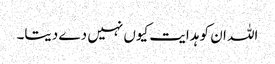
اللہ ان کو ہدایت کیوں نہیں دے دیتا۔